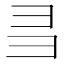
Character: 𢑑